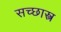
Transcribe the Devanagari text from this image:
सच्छास्त्र